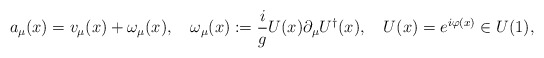
\begin{align*}a_\mu(x) = v_\mu(x) + \omega_\mu(x), \quad \omega_\mu(x) := {i \over g} U(x) \partial_\mu U^\dagger (x) ,\quad U(x) = e^{i\varphi(x)} \in U(1) ,\end{align*}